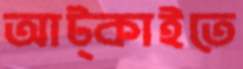
আট্‌কাইতে